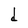
Character: d